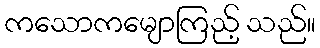
ကသောကမျောကြည့် သည်။